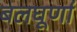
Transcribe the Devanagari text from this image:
बलघूर्णा